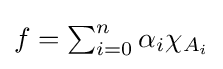
\textstyle f=\sum _{i=0}^{n}\alpha _{i}\chi _{A_{i}}